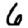
Digit: 6